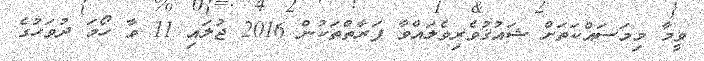
ވީމާ މިމަސައްކަތަށް ޝައުޤުވެރިވެލައްވާ ފަރާތްތަކުން 2016 ޖުލައި 11 ވާ ހޯމަ ދުވަހުގެ